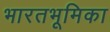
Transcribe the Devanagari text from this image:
भारतभूमिका